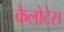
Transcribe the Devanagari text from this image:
कैलोटेस